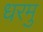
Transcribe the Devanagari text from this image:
धरमु